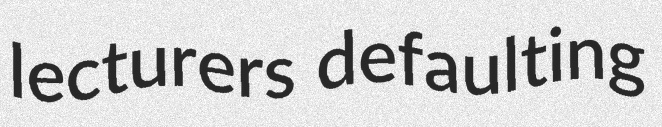
lecturers defaulting